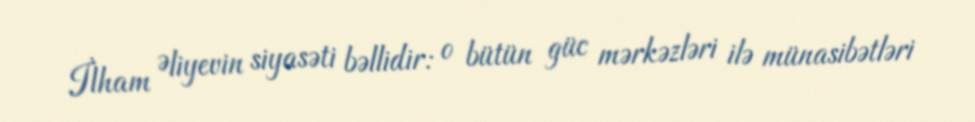
İlham Əliyevin siyasəti bəllidir: o bütün güc mərkəzləri ilə münasibətləri